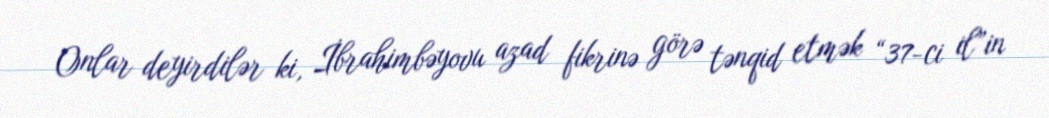
Onlar deyirdilər ki, İbrahimbəyovu azad fikrinə görə tənqid etmək “37-ci il”in